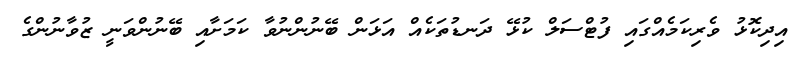
އިދިކޮޅު ވެރިކަމެއްގައި ފުޓްސަލް ކުޅޭ ދަނޑުތަކެއް އަޅަން ބޭނުންނުވާ ކަމަށާއި ބޭނުންވަނީ ޒުވާނުންގެ